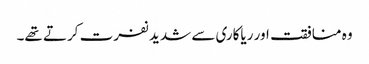
وہ منافقت اور ریاکاری سے شدید نفرت کرتے تھے۔